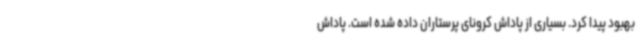
بهبود پیدا کرد. بسیاری از پاداش کرونای پرستاران داده شده است. پاداش